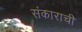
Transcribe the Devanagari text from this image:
संकाराची